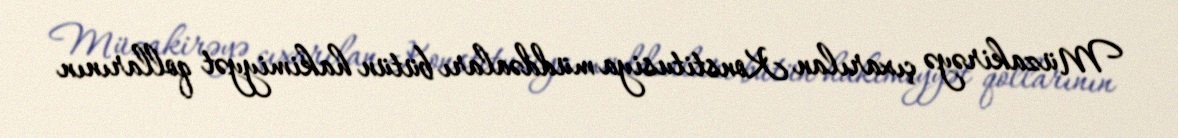
Müzakirəyə çıxarılan Konstitusiya müddəaları bütün hakimiyyət qollarının